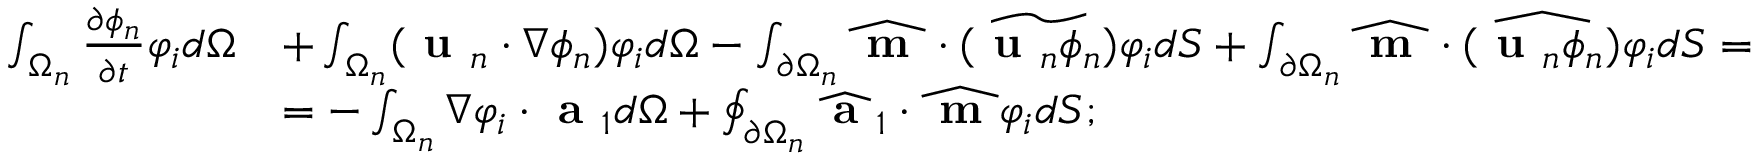
\begin{array} { r l } { \int _ { \Omega _ { n } } \frac { \partial \phi _ { n } } { \partial t } \varphi _ { i } d \Omega } & { + \int _ { \Omega _ { n } } ( \textbf { u } _ { n } \cdot \nabla \phi _ { n } ) \varphi _ { i } d \Omega - \int _ { \partial \Omega _ { n } } \widehat { \textbf { m } } \cdot \widetilde { ( \textbf { u } _ { n } \phi _ { n } ) } \varphi _ { i } d S + \int _ { \partial \Omega _ { n } } \widehat { \textbf { m } } \cdot \widehat { ( \textbf { u } _ { n } \phi _ { n } ) } \varphi _ { i } d S = } \\ & { = - \int _ { \Omega _ { n } } \nabla \varphi _ { i } \cdot \textbf { a } _ { 1 } d \Omega + \oint _ { \partial \Omega _ { n } } \widehat { \textbf { a } } _ { 1 } \cdot \widehat { \textbf { m } } \varphi _ { i } d S ; } \end{array}